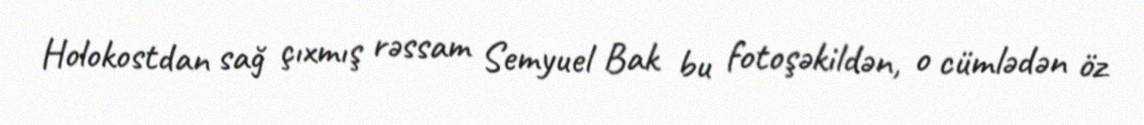
Holokostdan sağ çıxmış rəssam Semyuel Bak bu fotoşəkildən, o cümlədən öz